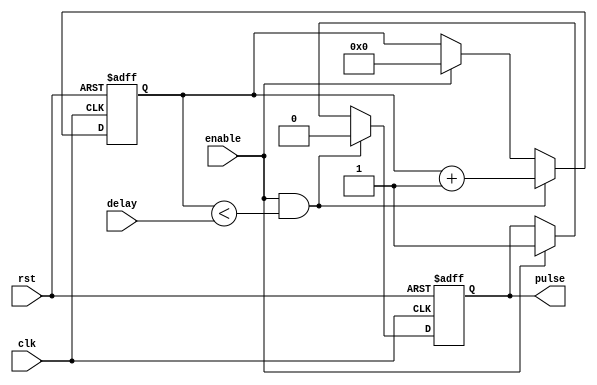
module Falling_Edge_Pulse_Generator (
    input wire clk,             // Input clock signal for synchronization
    input wire rst,             // Input reset signal
    input wire enable,          // Input enable signal
    input wire [31:0] delay,    // Input signal for delay time
    output reg pulse            // Output pulse signal with falling edge
);

reg [31:0] counter;

always @ (posedge clk or posedge rst) begin
    if (rst) begin
        counter <= 0;
        pulse <= 0;
    end else begin
        if (enable && counter < delay) begin
            counter <= counter + 1;
            pulse <= 0;
        end else if (enable) begin
            counter <= 0;
            pulse <= 1;
        end
    end
end

endmodule